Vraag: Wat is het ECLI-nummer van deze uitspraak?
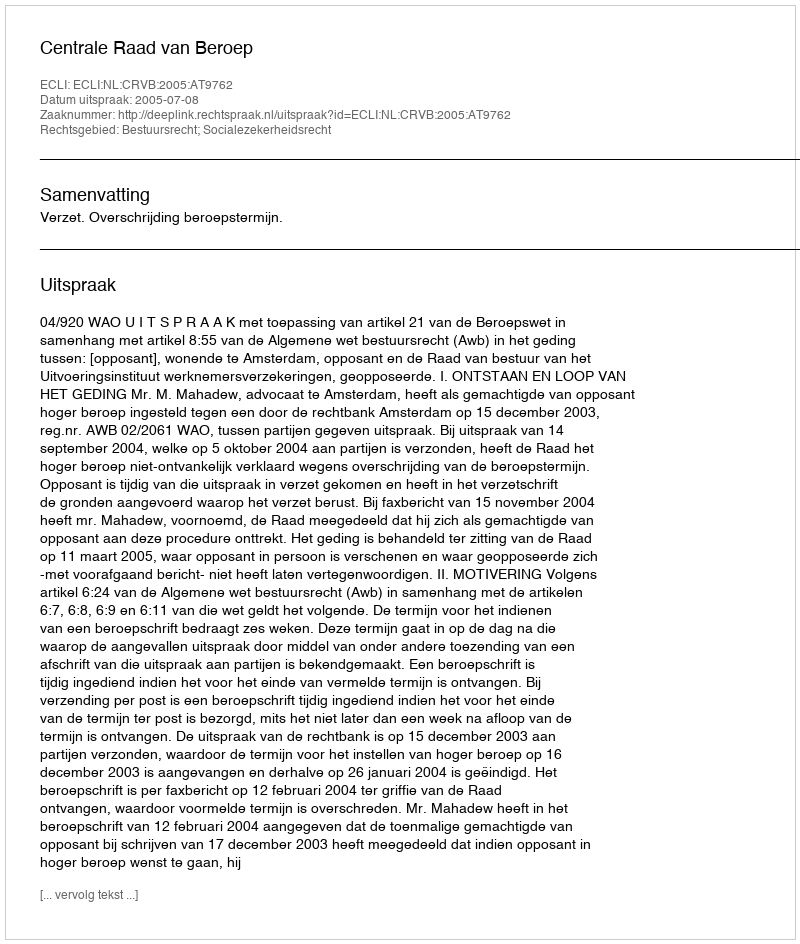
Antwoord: ECLI:NL:CRVB:2005:AT9762